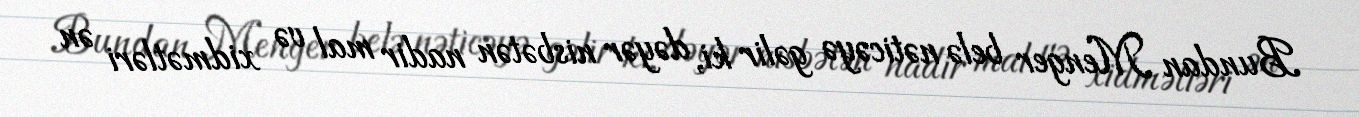
Bundan Menger belə nəticəyə gəlir ki, dəyər nisbətən nadir mal və xidmətləri ən